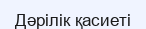
Дәрілік қасиеті